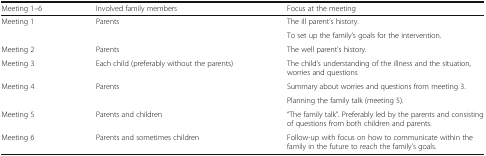
<table><thead><tr><td><b>Meeting 1–6</b></td><td><b>Involved family members</b></td><td><b>Focus at the meeting</b></td></tr></thead><tbody><tr><td rowspan="2">Meeting 1</td><td rowspan="2">Parents</td><td>The ill parent’s history.</td></tr><tr><td>To set up the family’s goals for the intervention.</td></tr><tr><td>Meeting 2</td><td>Parents</td><td>The well parent’s history.</td></tr><tr><td>Meeting 3</td><td>Each child (preferably without the parents)</td><td>The child’s understanding of the illness and the situation, worries and questions</td></tr><tr><td rowspan="2">Meeting 4</td><td rowspan="2">Parents</td><td>Summary about worries and questions from meeting 3.</td></tr><tr><td>Planning the family talk (meeting 5).</td></tr><tr><td>Meeting 5</td><td>Parents and children</td><td>“The family talk”. Preferably led by the parents and consisting of questions from both children and parents.</td></tr><tr><td>Meeting 6</td><td>Parents and sometimes children</td><td>Follow-up with focus on how to communicate within the family in the future to reach the family’s goals.</td></tr></tbody></table>